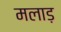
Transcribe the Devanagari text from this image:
मलाड़